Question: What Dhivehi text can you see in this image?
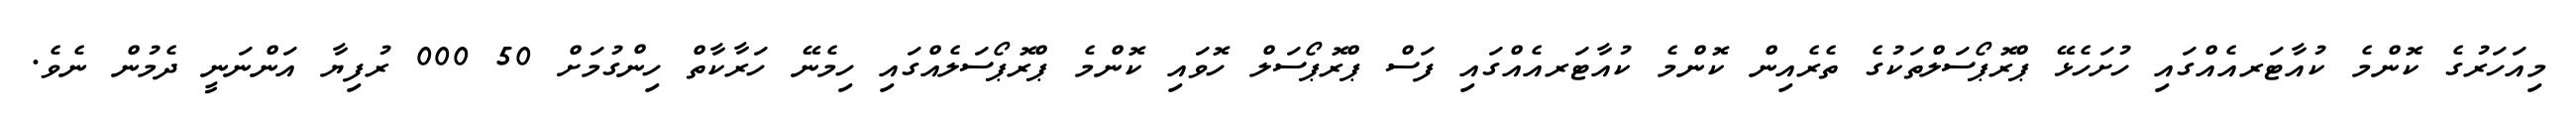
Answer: މިއަހަރުގެ ކޮންމެ ކުއާޓަރއެއްގައި ހުށަހެޅޭ ޕްރޮޕޯސަލްތަކުގެ ތެރެއިން ކޮންމެ ކުއާޓަރއެއްގައި ފަސް ޕްރޮޕޯސަލް ހޮވައި ކޮންމެ ޕްރޮޕޯސަލެއްގައި ހިމެނޭ ހަރާކާތް ހިންގުމަށް 50 000 ރުފިޔާ އަންނަނީ ދެމުން ނެވެ.